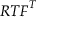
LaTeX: { \boldsymbol { R } } { \boldsymbol { T } } { \boldsymbol { F } } ^ { T }